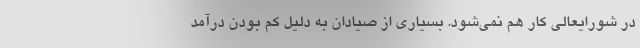
در شورایعالی کار هم نمی‌شود. بسیاری از صیادان به دلیل کم بودن درآمد